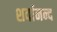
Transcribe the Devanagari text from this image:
शर्वानन्द